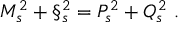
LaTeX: M _ { s } ^ { 2 } + \S _ { s } ^ { 2 } = P _ { s } ^ { 2 } + Q _ { s } ^ { 2 } \ .